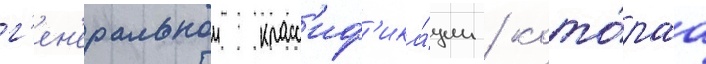
г'ен'еральнои класс'иф'ика́ции / кото́раа